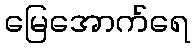
မြေအောက်ရေ